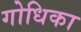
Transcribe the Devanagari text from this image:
गोधिका